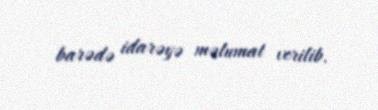
barədə idarəyə məlumat verilib.